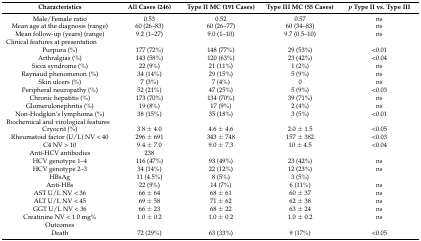
<table><thead><tr><td><b>Characteristics</b></td><td><b>All Cases (246)</b></td><td><b>Type II MC (191 Cases)</b></td><td><b>Type III MC (55 Cases)</b></td><td><b><i>p</i> Type II vs. Type III</b></td></tr></thead><tbody><tr><td>Male/Female ratio</td><td>0.53</td><td>0.52</td><td>0.57</td><td>ns</td></tr><tr><td>Mean age at the diagnosis (range)</td><td>60 (26–83)</td><td>60 (26–77)</td><td>60 (34–83)</td><td>ns</td></tr><tr><td>Mean follow-up (years) (range)</td><td>9.2 (1–27)</td><td>9.0 (1–10)</td><td>9.7 (0.5–10)</td><td>ns</td></tr><tr><td>Clinical features at presentation</td><td></td><td></td><td></td><td></td></tr><tr><td>Purpura (%)</td><td>177 (72%)</td><td>148 (77%)</td><td>29 (53%)</td><td>&lt;0.01</td></tr><tr><td>Arthralgias (%)</td><td>143 (58%)</td><td>120 (63%)</td><td>23 (42%)</td><td>&lt;0.04</td></tr><tr><td>Sicca syndrome (%)</td><td>22 (9%)</td><td>21 (11%)</td><td>1 (2%)</td><td>ns</td></tr><tr><td>Raynaud phenomenon (%)</td><td>34 (14%)</td><td>29 (15%)</td><td>5 (9%)</td><td>ns</td></tr><tr><td>Skin ulcers (%)</td><td>7 (3%)</td><td>7 (4%)</td><td>0</td><td>ns</td></tr><tr><td>Peripheral neuropathy (%)</td><td>52 (21%)</td><td>47 (25%)</td><td>5 (9%)</td><td>&lt;0.03</td></tr><tr><td>Chronic hepatitis (%)</td><td>173 (70%)</td><td>134 (70%)</td><td>39 (71%)</td><td>ns</td></tr><tr><td>Glomerulonephritis (%)</td><td>19 (8%)</td><td>17 (9%)</td><td>2 (4%)</td><td>ns</td></tr><tr><td>Non-Hodgkin’s lymphoma (%)</td><td>38 (15%)</td><td>35 (18%)</td><td>3 (5%)</td><td>&lt;0.01</td></tr><tr><td>Biochemical and virological features</td><td></td><td></td><td></td><td></td></tr><tr><td>Cryocrit (%)</td><td>3.8 ± 4.0</td><td>4.6 ± 4.6</td><td>2.0 ± 1.5 </td><td>&lt;0.05</td></tr><tr><td>Rheumatoid factor (U/L) NV &lt; 40</td><td>296 ± 691</td><td>343 ± 748</td><td>157 ± 382</td><td>&lt;0.03</td></tr><tr><td>C4 NV &gt; 10</td><td>9.4 ± 7.0</td><td>9.0 ± 7.3</td><td>10 ± 4.5</td><td>&lt;0.04</td></tr><tr><td>Anti-HCV antibodies</td><td>238 </td><td></td><td></td><td></td></tr><tr><td>HCV genotype 1–4</td><td>116 (47%)</td><td>93 (49%)</td><td>23 (42%)</td><td>ns</td></tr><tr><td>HCV genotype 2–3</td><td>34 (14%)</td><td>22 (12%)</td><td>12 (23%)</td><td>ns</td></tr><tr><td>HBsAg</td><td>11 (4.5%)</td><td>8 (5%)</td><td>3 (5%)</td><td></td></tr><tr><td>Anti-HBs</td><td>22 (9%)</td><td>14 (7%)</td><td>6 (11%)</td><td>ns</td></tr><tr><td>AST U/L NV &lt; 36</td><td>66 ± 64</td><td>68 ± 61</td><td>60 ± 37</td><td>ns</td></tr><tr><td>ALT U/L NV &lt; 45</td><td>69 ± 58</td><td>71 ± 62</td><td>62 ± 38</td><td>ns</td></tr><tr><td>GGT U/L NV &lt; 36</td><td>66 ± 23</td><td>68 ± 22</td><td>63 ± 24</td><td>ns</td></tr><tr><td>Creatinine NV &lt; 1.0 mg%</td><td>1.0 ± 0.2</td><td>1.0 ± 0.2</td><td>1.0 ± 0.2</td><td>ns</td></tr><tr><td>Outcomes</td><td></td><td></td><td></td><td></td></tr><tr><td>Death</td><td>72 (29%)</td><td>63 (33%)</td><td>9 (17%)</td><td>&lt;0.05</td></tr></tbody></table>